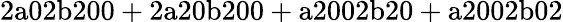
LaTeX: \mathrm{2a02b200+2a20b200+a2002b20+a2002b02}